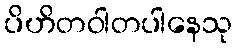
ပိဟိတဝါတပါနေသု